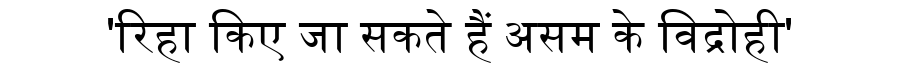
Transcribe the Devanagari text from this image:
'रिहा किए जा सकते हैं असम के विद्रोही'